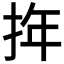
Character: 𢬧